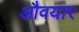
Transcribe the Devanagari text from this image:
औवयार